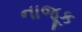
નાજૂક